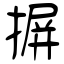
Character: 摒